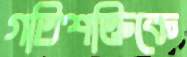
গতিশক্তিকে